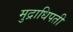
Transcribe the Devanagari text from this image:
मुद्राधिपती